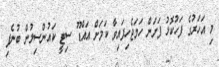
މި އަހަރުގެ ފަހުކޮޅު ފަށަން ހަމަޖެހިފައިވާ ކަމަށް އައްޑޫ ސިޓީ ކައުންސިލުން ބުނެފި